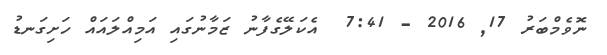
ނޮވެމްބަރު 17